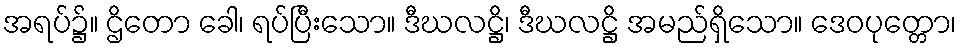
အရပ်၌။ ဌိတော ခေါ၊ ရပ်ပြီးသော။ ဒီဃလဋ္ဌိ၊ ဒီဃလဋ္ဌိ အမည်ရှိသော။ ဒေဝပုတ္တော၊